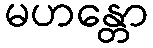
မဟန္တော